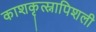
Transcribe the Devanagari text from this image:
काशकृत्स्नापिशली